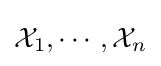
{\mathcal {X}}_{1},\cdots ,{\mathcal {X}}_{n}